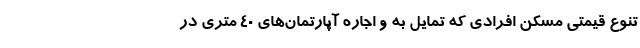
تنوع قیمتی مسکن افرادی که تمایل به و اجاره آپارتمان‌های 40 متری در